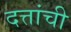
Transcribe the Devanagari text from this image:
दत्तांची